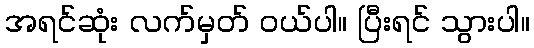
အရင်ဆုံး လက်မှတ် ဝယ်ပါ။ ပြီးရင် သွားပါ။